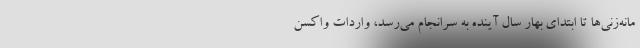
مانه‌زنی‌ها تا ابتدای بهار سال آینده به سرانجام می‌رسد، واردات واکسن